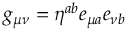
g _ { \mu \nu } = \eta ^ { a b } e _ { \mu a } e _ { \nu b }